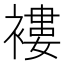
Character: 褸